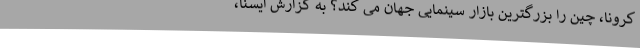
کرونا، چین را بزرگترین بازار سینمایی جهان می کند؟ به گزارش ایسنا،